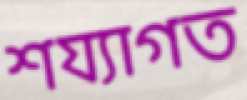
শয্যাগত